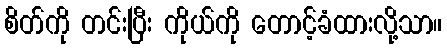
စိတ်ကို တင်းပြီး ကိုယ်ကို တောင့်ခံထားလို့သာ။